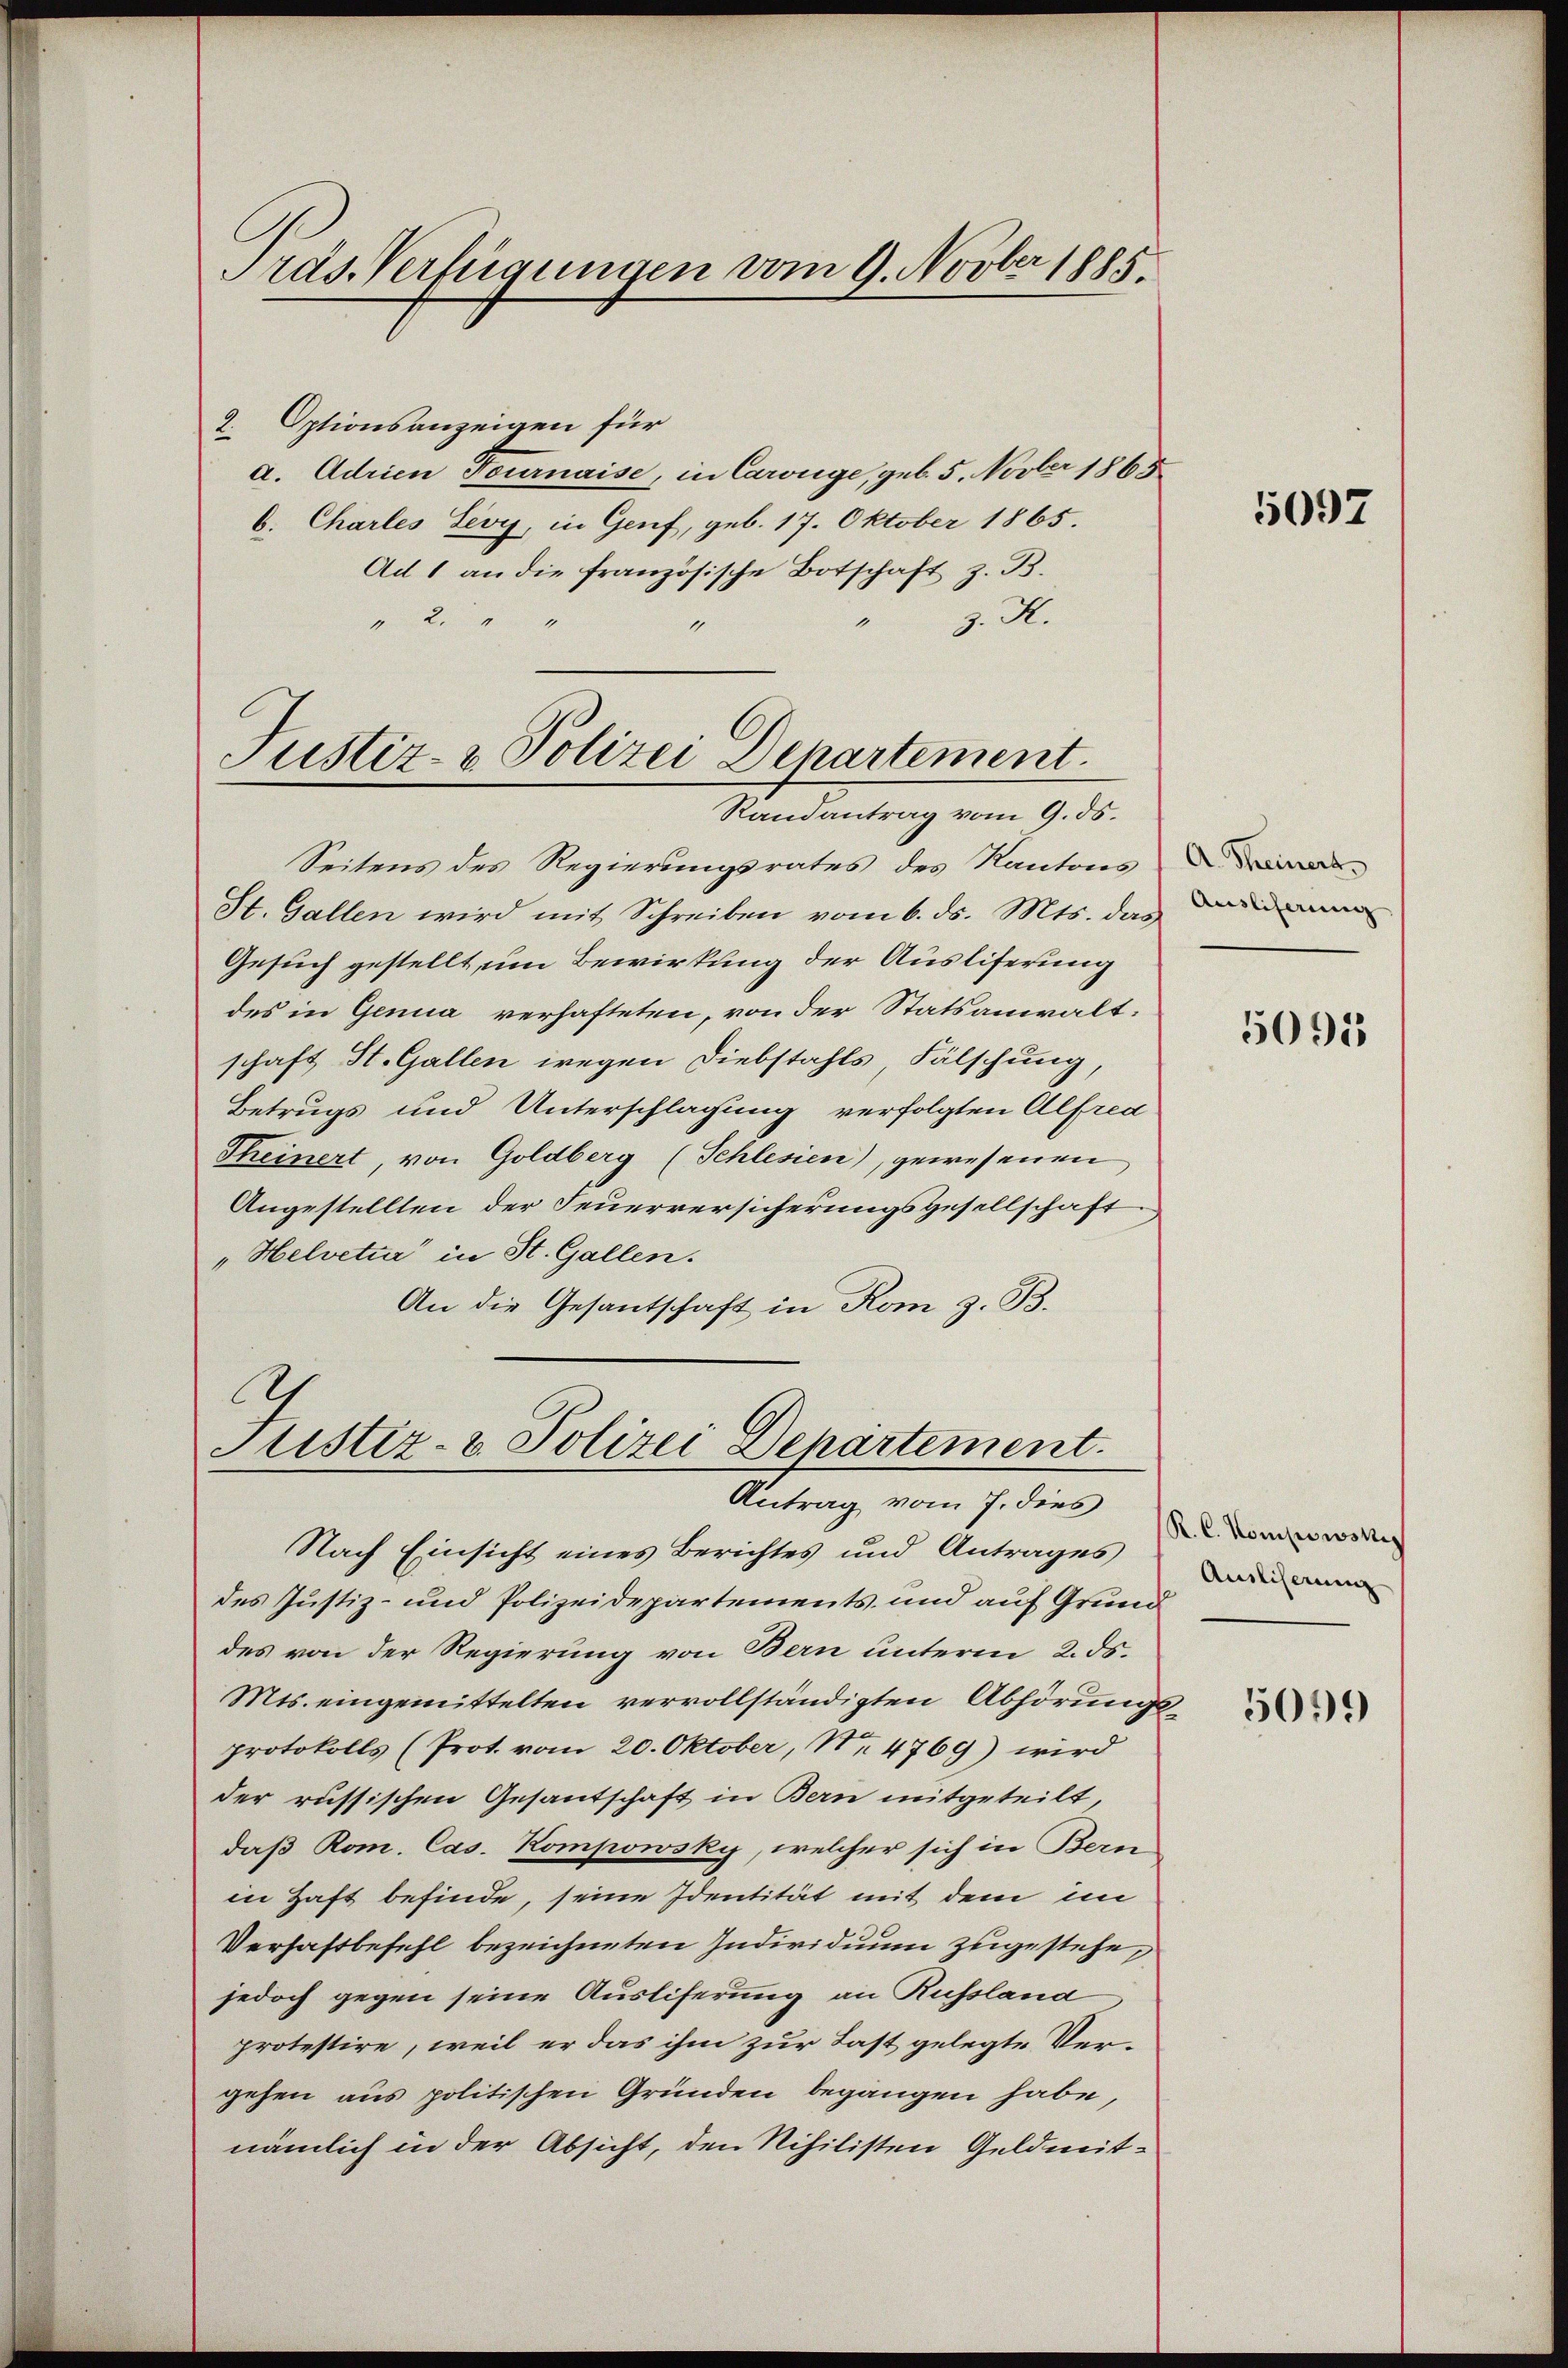
Präs. Verfügungen vom 9. Novber 1885.

2. Optionsanzeigen für
a. Adrien Tournaise, in Carige, geb. 5. Novber 1865
6. Chartes Levy, in Genf, geb. 17. Oktober 1865.
Ad 1 an die französische Botschaft z. B.
" 2 " "
z. K.
1

Justiz- & Polizei Departement.

Randantrag vom 9. ds.
Seitens des Regierungsrates des Kantons
St. Gallen wird mit Schreiben vom 6. ds. Mts. das Di
Gesuch gestellt, um Bewirkung der Ausliferung
des in Genua verhafteten, von der Statsanwalt-
schaft St. Gallen wegen Diebstahls, Fälschung,
Betrugs und Unterschlagung verfolgten Alfred-
Theinert, von Goldberg (Schlesien), gewesenen
Angestellten der Feuerversicherungsgesellschaft
„Helvetia" in St. Gallen.
An die Gesantschaft in Rom z. B.

Justiz- & Polizei Departement.
Antrag vom 7. dies

Nach Einsicht eines Berichtes und Antrages
des Justiz- und Polizeidepartements und auf Grund
des von der Regierung von Bern unterm 2. ds.
Mts. eingemittelten vervollständigten Abhörungsprotokolls (Prot. vom 20. Oktober, No 4769) wird
der russischen Gesantschaft in Bern mitgeteilt,
daß Rom. Cas. Kompowsky, welcher sich in Bern
in Haft befinde, seine Identität mit dem im
Verhaftbefehl bezeichneten Individuum zugestehe,
jedoch gegen seine Ausliferung an Rufsland
protestire, weil er das ihm zur Last gelegte Vergehen aus politischen Gründen begangen habe,
nämlich in der Absicht, den Schilisten Geldmit¬

5097

5095

R. C. Kompowski
Ausliserung

5099